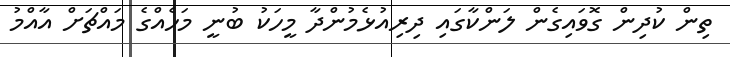
ތިން ކުދިން ގޮވައިގެން ލަންކާގައި ދިރިއުޅެމުންދާ މީހަކު ބުނީ މަހެއްގެ މައްޗަށް އާއްމު